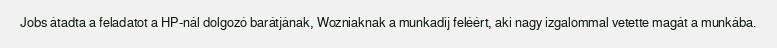
Jobs átadta a feladatot a HP-nál dolgozó barátjának, Wozniaknak a munkadíj feléért, aki nagy izgalommal vetette magát a munkába.